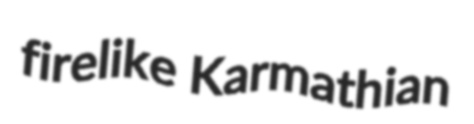
firelike Karmathian